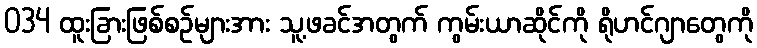
034 ထူးခြားဖြစ်စဉ်များအား သူ့ဖခင်အတွက် ကွမ်းယာဆိုင်ကို ရိုဟင်ဂျာတွေကို